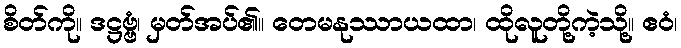
စိတ်ကို။ ဒဋ္ဌဗ္ဗံ၊ မှတ်အပ်၏။ တေမနုဿာယထာ၊ ထိုလူတို့ကဲ့သို့။ ဧဝံ၊